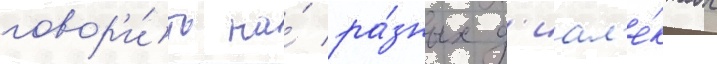
говор'и́ть на́ ра́зных д'иал'е́ктах